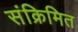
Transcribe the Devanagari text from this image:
संक्रिमित